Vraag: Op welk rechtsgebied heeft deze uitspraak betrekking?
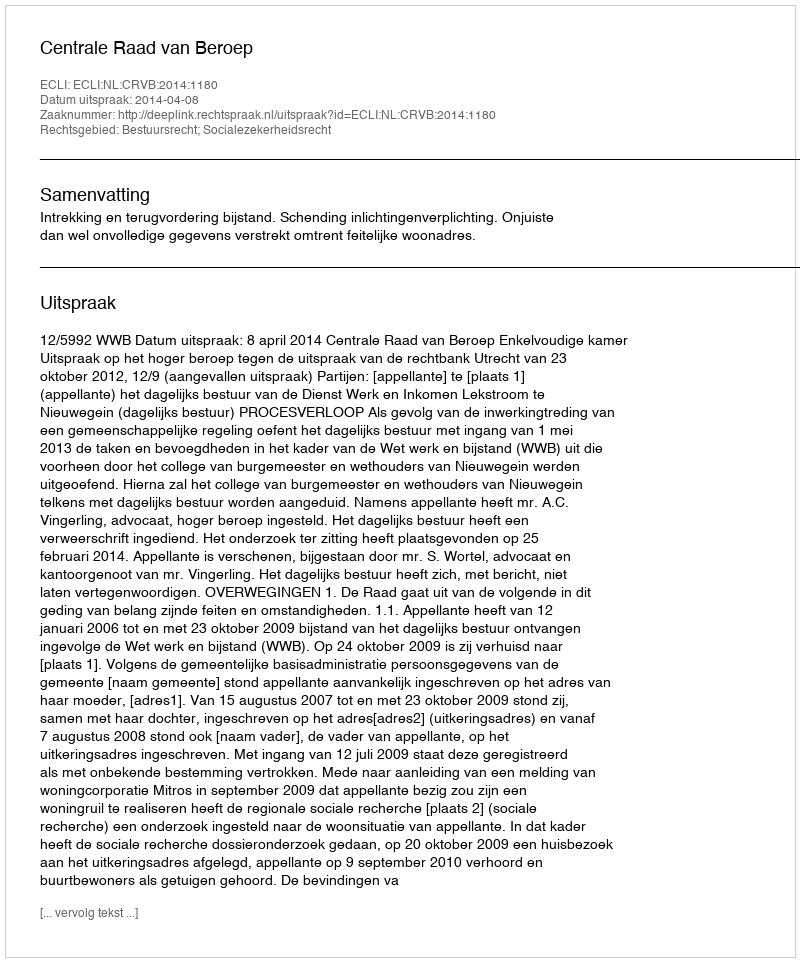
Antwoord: Bestuursrecht; Socialezekerheidsrecht